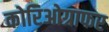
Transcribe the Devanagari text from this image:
कोरिओग्राफर